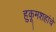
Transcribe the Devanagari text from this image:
हुकूमशहांचे